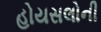
હોયસલોની